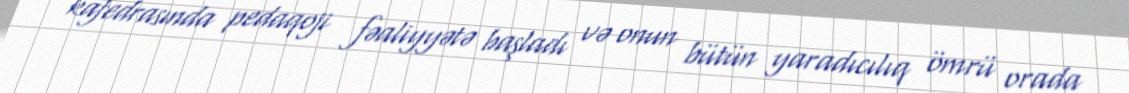
kafedrasında pedaqoji fəaliyyətə başladı və onun bütün yaradıcılıq ömrü orada